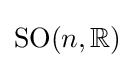
\operatorname {SO} (n,\mathbb {R} )